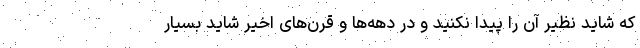
که شاید نظیر آن را پیدا نکنید و در دهه‌ها و قرن‌های اخیر شاید بسیار